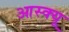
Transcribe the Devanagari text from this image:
आस्क्यू